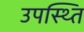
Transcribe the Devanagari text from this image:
उपस्थ्ति